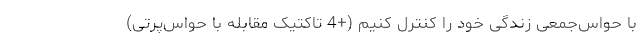
با حواس‌جمعی زندگی خود را کنترل کنیم (+4 تاکتیک مقابله با حواس‌پرتی)